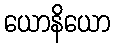
ယောနိယော